Scientific memoirs by medical officers of the Army of India - Part XII,
Year: 1901
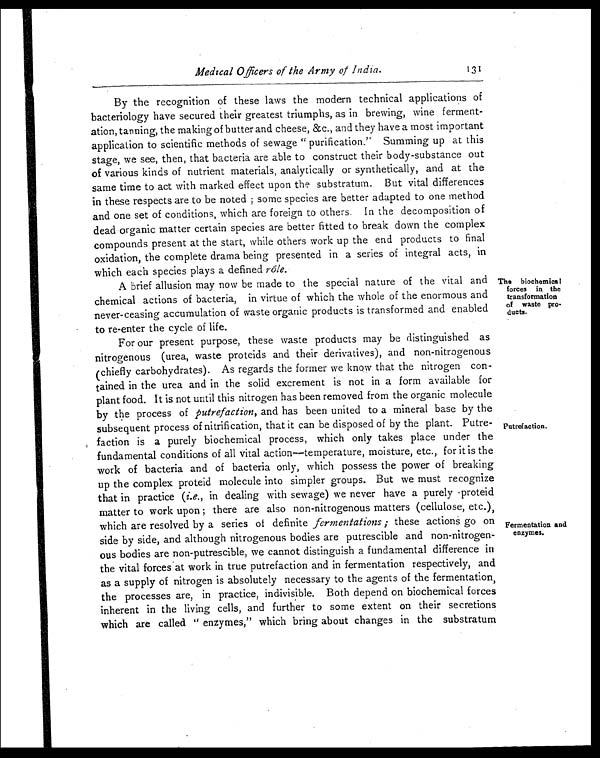
Medical Officers of the Army of India.
131
By the recognition of these laws the modern technical applications of
bacteriology have secured their greatest triumphs, as in brewing, wine ferment
-
ation, tanning, the making of butter and cheese, &c., and they have a most important
application to scientific methods of sewage "purification." Summing up at this
stage, we see, then, that bacteria are able to construct their body-substance out
of various kinds of nutrient materials, analytically or synthetically, and at the
same time to act with marked effect upon the substratum. But vital differences
in these respects are to be noted ; some species are better adapted to one method
and one set of conditions, which arc foreign to others. In the decomposition of
dead organic matter certain species are better fitted to break down the complex
compounds present at the start, while others work up the end products to final
oxidation, the complete drama being presented in a series of integral acts, in
which each species plays a defined rôle.
A brief allusion may now be made to the special nature of the vital and
chemical actions of bacteria, in virtue of which the whole of the enormous and
never-ceasing accumulation of waste organic products is transformed and enabled
to re-enter the cycle of life.
For our present purpose, these waste products may be distinguished as
nitrogenous (urea, waste proteids and their derivatives), and non-nitrogenous
(chiefly carbohydrates). As regards the former we know that the nitrogen con
-
tained in the urea and in the solid excrement is not in a form available for
plant food. It is not until this nitrogen has been removed from the organic molecule
by the process of putrefaction, and has been united to a mineral base by the
subsequent process of nitrification, that it can be disposed of by the plant. Putre
-
faction is a purely biochemical process, which only takes place under the
fundamental conditions of all vital action—temperature, moisture, etc., for it is the
work of bacteria and of bacteria only, which possess the power of breaking
up the complex proteid molecule into simpler groups. But we must recognize
that in practice ( i.e., in dealing with sewage) we never have a purely proteid
matter to work upon ; there are also non-nitrogenous matters (cellulose, etc.),
which are resolved by a series of definite fermentations ; these actions go on
side by side, and although nitrogenous bodies are putrescible and non-nitrogen
-
ous bodies are non-putrescible, we cannot distinguish a fundamental difference in
the vital forces at work in true putrefaction and in fermentation respectively, and
as a supply of nitrogen is absolutely necessary to the agents of the fermentation,
the processes are, in practice, indivisible. Both depend on biochemical forces
inherent in the living cells, and further to some extent on their secretions
which are called "enzymes," which bring about changes in the substratum
The biochemical
forces in the
transformation
of waste pro
-
ducts.
Putrefaction.
Fermentation and
enzymes.